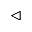
\triangleleft